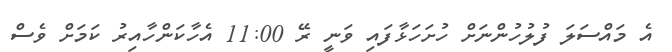
އެ މައްސަލަ ފުލުހުންނަށް ހުށަހަޅާފައި ވަނީ ރޭ 11:00 އެހާކަންހާއިރު ކަމަށް ވެސް